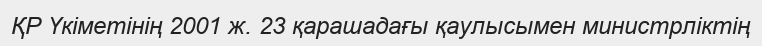
ҚР Үкіметінің 2001 ж. 23 қарашадағы қаулысымен министрліктің